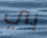
بي